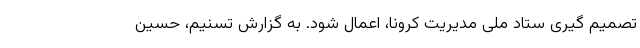
تصمیم گیری ستاد ملی مدیریت کرونا، اعمال شود. به گزارش تسنیم، حسین